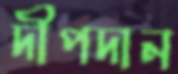
দীপদান